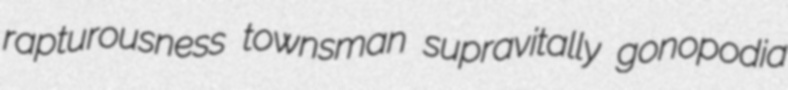
rapturousness townsman supravitally gonopodia